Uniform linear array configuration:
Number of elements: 32
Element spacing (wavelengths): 0.5
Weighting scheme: hamming
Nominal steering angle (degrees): -15
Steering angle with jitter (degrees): -16.842
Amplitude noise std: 0.05
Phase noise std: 0.05

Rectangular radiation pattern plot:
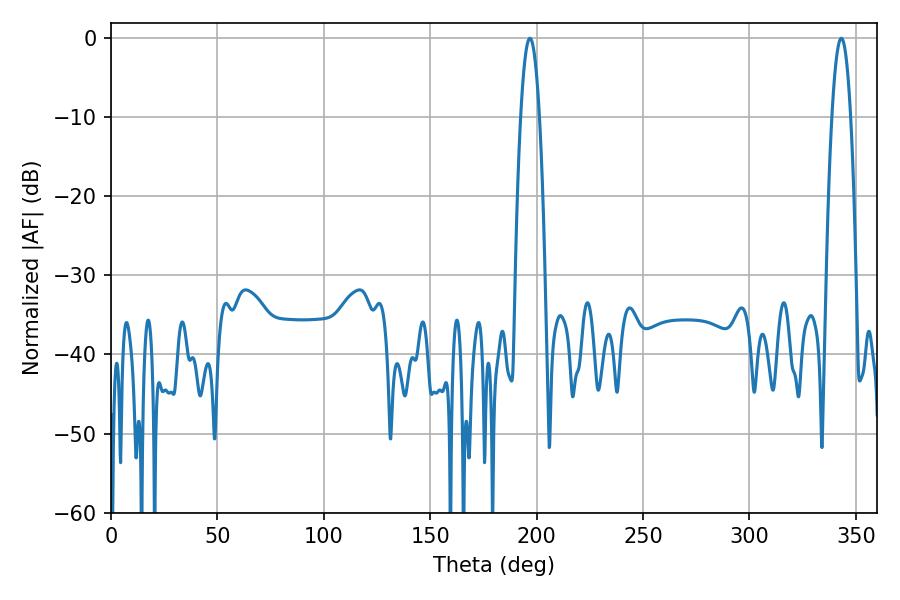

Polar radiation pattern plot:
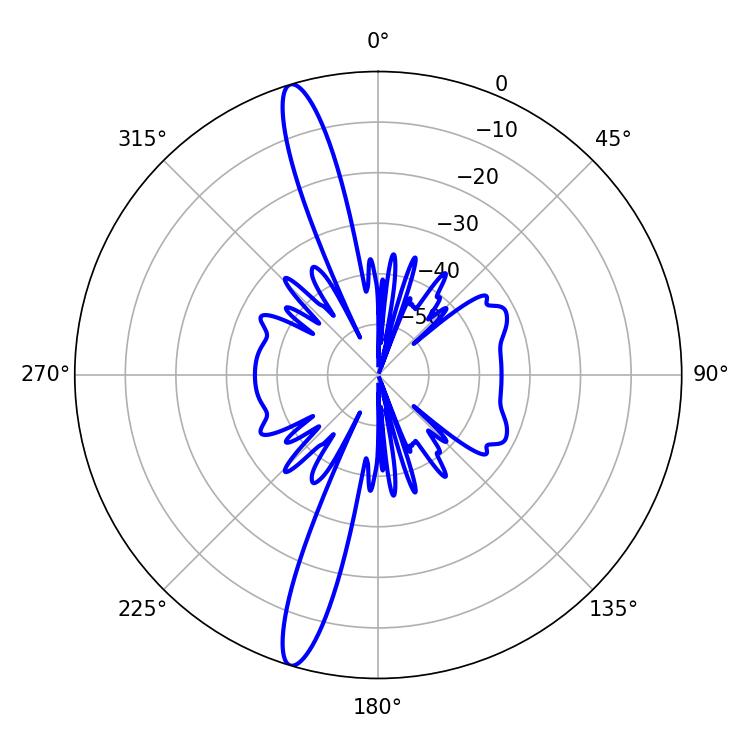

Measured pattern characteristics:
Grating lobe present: FALSE
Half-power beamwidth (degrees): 4.86
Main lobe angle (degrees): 343.08